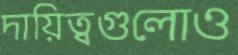
দায়িত্বগুলোও